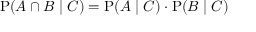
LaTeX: \mathrm { P } ( A \cap B \mid C ) = \mathrm { P } ( A \mid C ) \cdot \mathrm { P } ( B \mid C )